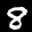
Label: 8